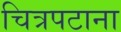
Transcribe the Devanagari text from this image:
चित्रपटाना